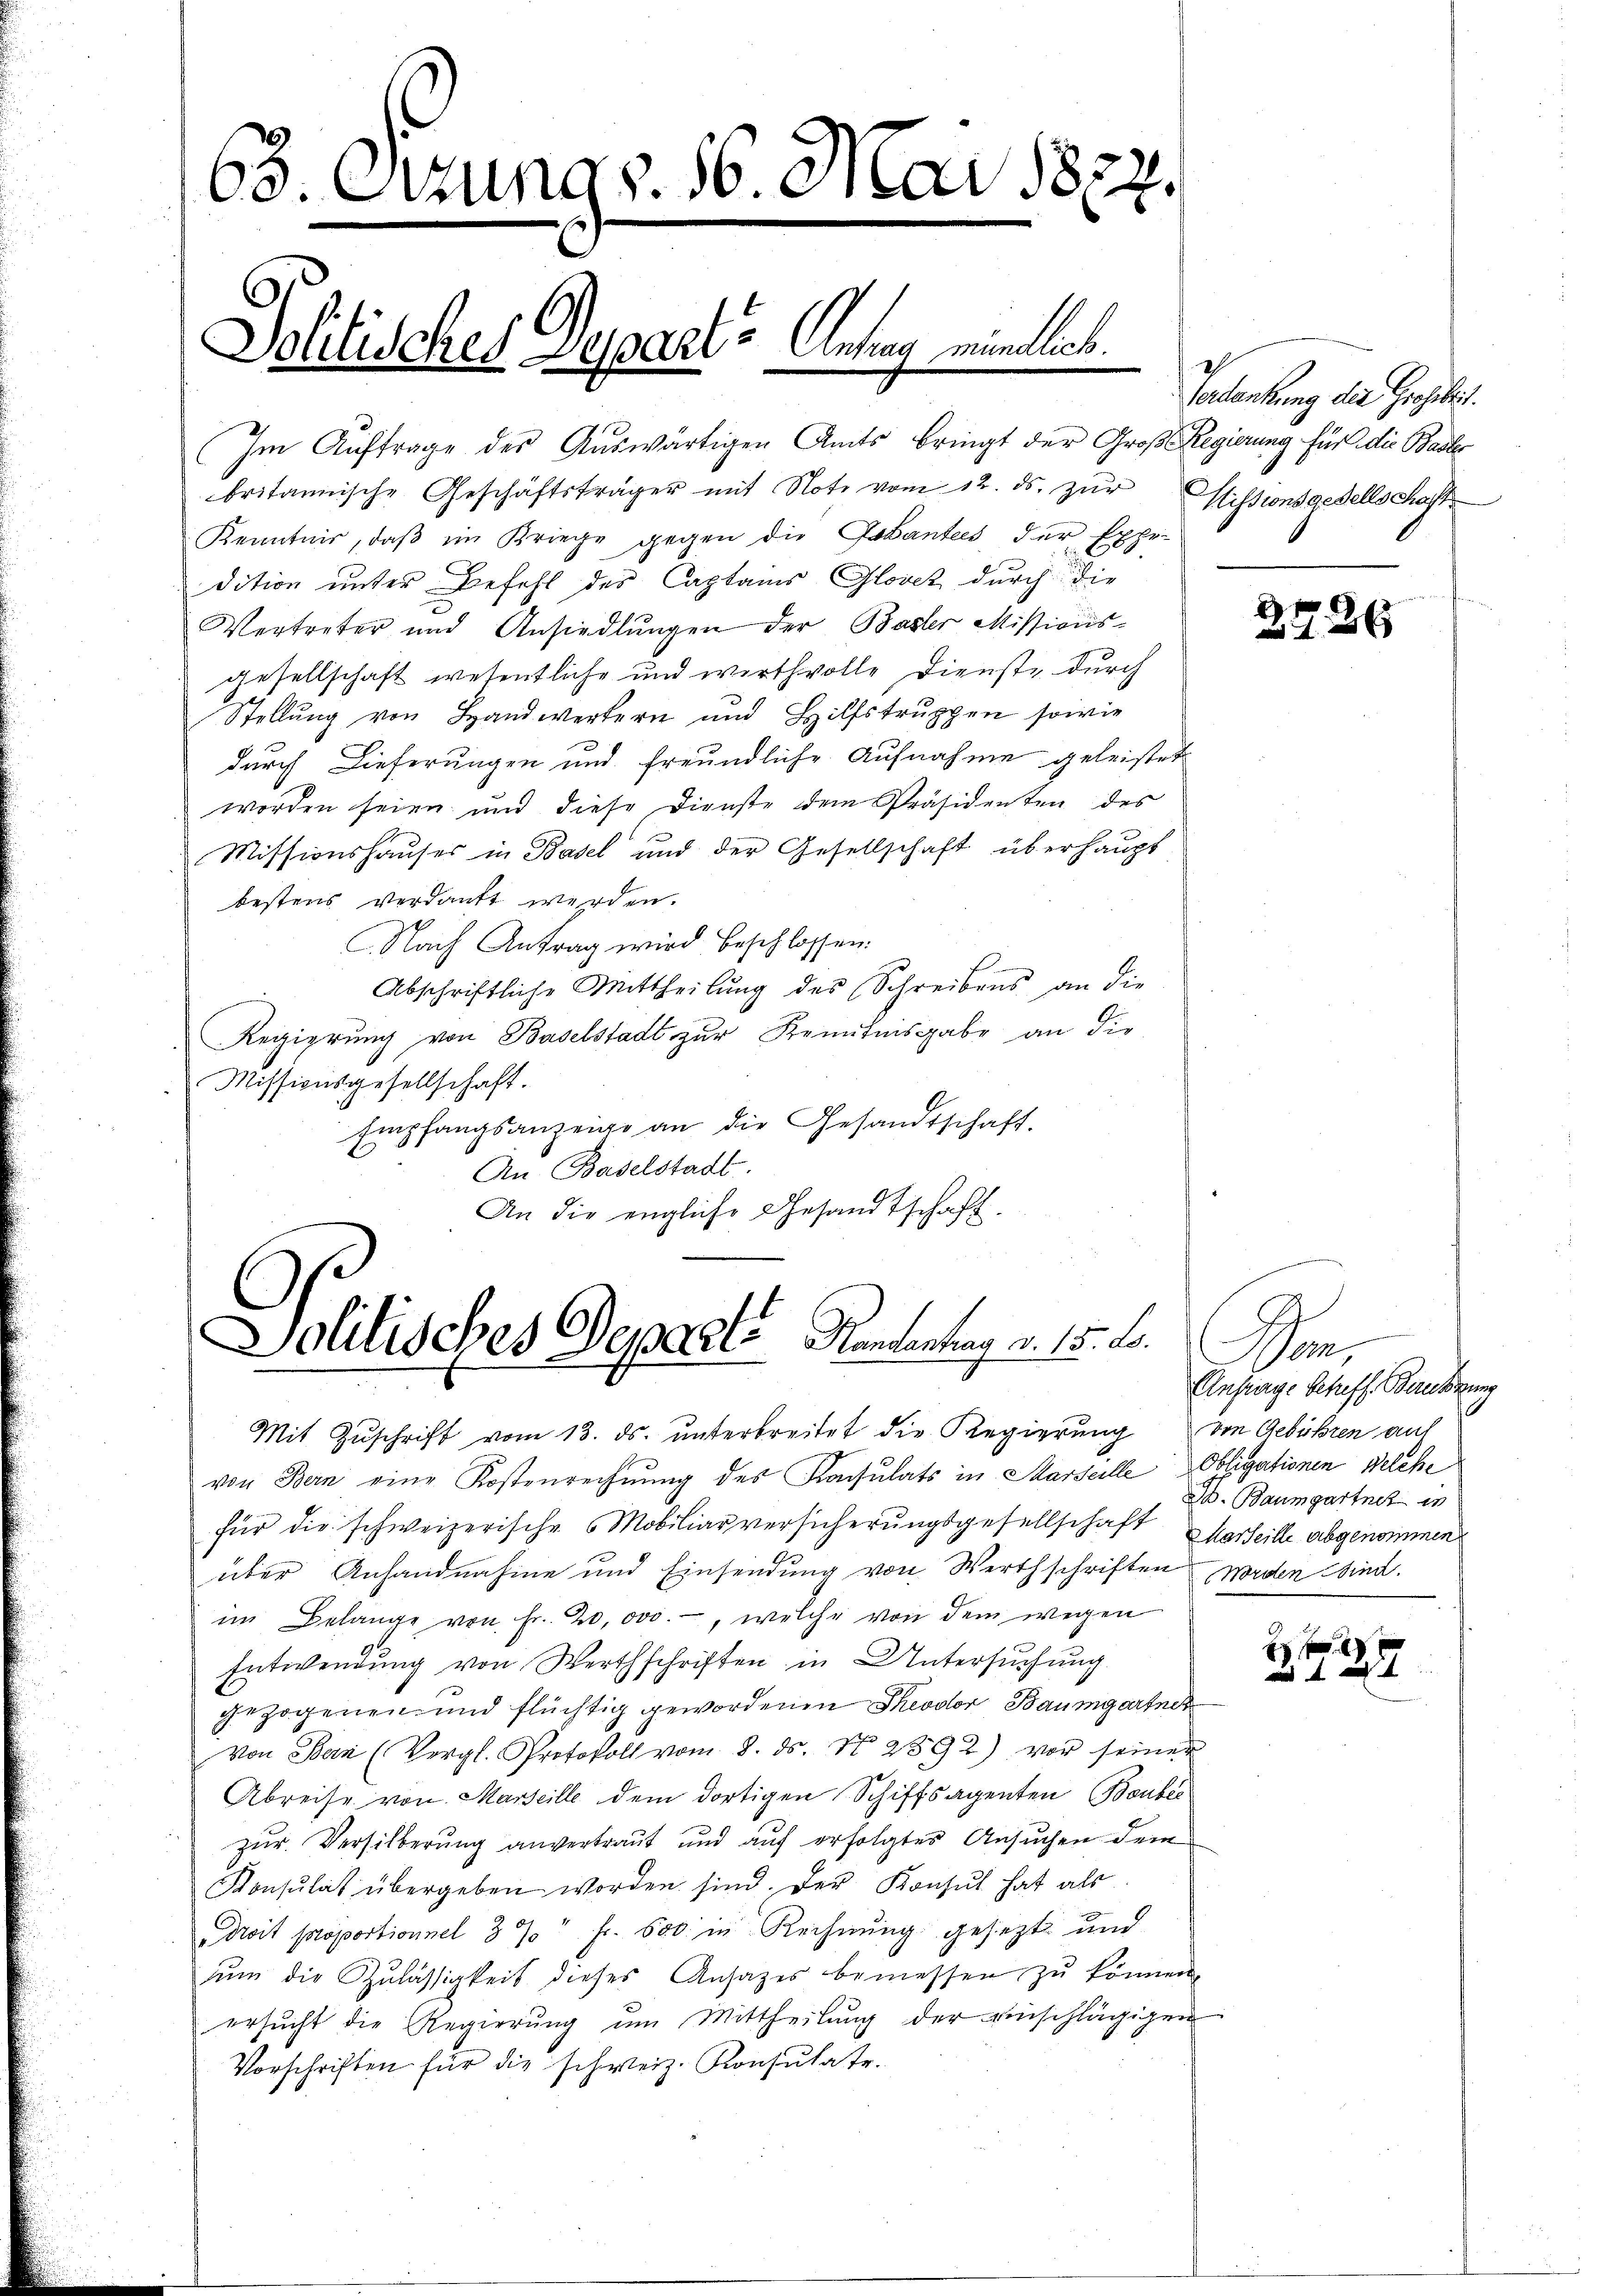
63. Derung v. 16. Mai 1872.
Politisches Departe Anna einlich

Im Auftrage des Auswärtigen Amts bringt der Groß-Regierung für die Basler
britannische Geschäftsträger mit Note vom 12. ds. zŭr
Kenntnis, daβ im Kriege gegen die Gesantes der Expe-
dition unter Befehl des Captains Glovez durch die
Vertreter und Ansiedlungen der Basler Missionsgesellschaft wesentliche und wirthvolle Dienste durch
Stellung von Handwertern und Hilfstruppen sowie
durch Lieferungen und freundliche Aufnahme geleistet
worden seien und diese Dienste dem Präsidenten des
Missionshauses in Basel und der Gesellschaft überhaupt
bestens verdankt werden.
Nach Antrag wird beschlossen.
Abschriftliche Mittheilung des Schreibens an die
Regierung von Baselstadt zur Kenntnisgabe an die
Missionsgesellschaft.
Empfangsanzeige an die Gesandtschaft.
An Baselstadt.
An die engliche Gesandtschaft

Politisches Departe Standentrag v. 15. L.

antag des Gesche
Missionsgesellschaft

Mit Zuschrift vom 13. ds. unterbreitet die Regierung von Gebühren auf
von Bern eine Kostenrechnung des Konsulats in Marseille Obligationen Welche
für die schweizerische Mobiliarversicherungsgesellschaft Marteille abgenommen
über Anhandnahme und Einsendung von Werthschriften worden Wind.
im Belange von Fr. 20,000.-, welche von dem wegen
Entwendung von Werthschriften in Untersuchung
gezogenen und flüchtig gewordenen Theodor Baumgartner
Von Bern (Vergl. Protokoll vom 8. ds. No 2392) vor seiner
Abreise von Marseille dem dortigen Schiffsagenten Bauber
zur Versilberung anvertraut und auf erfolgtes Ansuchen dem
Konsulat übergeben worden sind. Der Konsul hat als
Droit proportionnel 39 " fr. 600. in Rechnung gesezt und
ŭm die Zulässigkeit dieses Ansatzes bemessen zŭ können.
ersŭcht die Regierŭng ŭm Mittheilŭng der einschlägigen
Vorschriften für die schweiz. Konsulate.

2726

Gre
Anfrage betreff. Bankung
B. Baumgartnet er

4